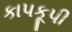
કાપકૂપી